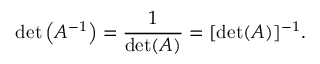
\operatorname* { d e t } \left( A ^ { - 1 } \right) = { \frac { 1 } { \operatorname* { d e t } ( A ) } } = [ \operatorname* { d e t } ( A ) ] ^ { - 1 } .